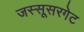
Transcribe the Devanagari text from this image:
जस्सूसरगेट